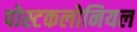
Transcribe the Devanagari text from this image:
पोस्टकलोनियल